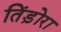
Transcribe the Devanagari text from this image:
तिंड़ोरा